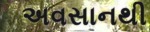
અવસાનથી